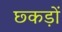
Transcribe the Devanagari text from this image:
छ्कड़ों